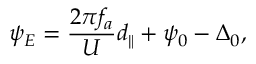
\psi _ { E } = \frac { 2 \pi f _ { a } } { U } d _ { \parallel } + \psi _ { 0 } - \Delta _ { 0 } ,